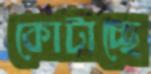
কোটাচ্ছে